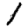
Digit: 1